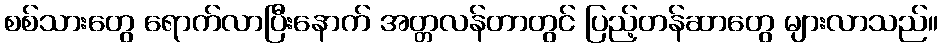
စစ်သားတွေ ရောက်လာပြီးနောက် အတ္တလန်တာတွင် ပြည့်တန်ဆာတွေ များလာသည်။